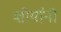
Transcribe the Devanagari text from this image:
शोर्यानी